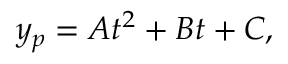
y _ { p } = A t ^ { 2 } + B t + C ,